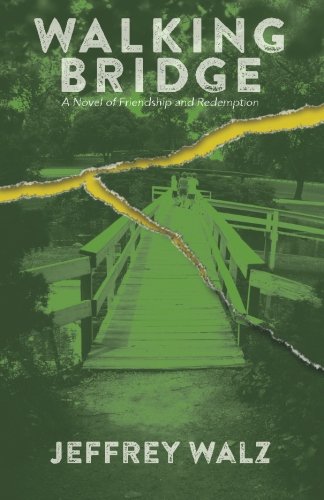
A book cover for Walking Bridge: A Novel of Friendship and Redemption; Jeffrey Walz; Teen & Young Adult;